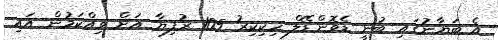
އެ ބަޔާނުގައި ބުނީ ޑެވޮންޑޭލް ހިކިކިރު 105 ރުފިޔާ އަށް ވިއްކަމުން އައި